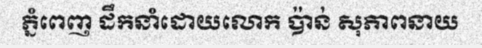
ភ្នំពេញ ដឹកនាំដោយលោក ប៉ាន់ សុភាពនាយ